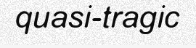
quasi-tragic